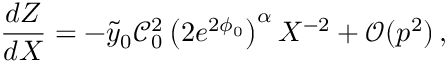
\frac { d Z } { d X } = - \tilde { y } _ { 0 } \mathcal { C } _ { 0 } ^ { 2 } \left( 2 e ^ { 2 \phi _ { 0 } } \right) ^ { \alpha } X ^ { - 2 } + \mathcal { O } ( p ^ { 2 } ) \, ,